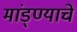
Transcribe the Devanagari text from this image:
मांड्ण्याचे